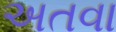
અતવા